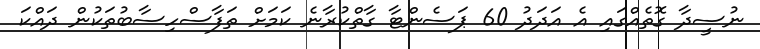
ނުސީދާ ގޮތެއްގައި އެ އަދަދު 60 ޕަސެންޓާ ގާތްކުރާނެ ކަމަށް ތަފާސްހިސާބުތަކުން ދައްކަ